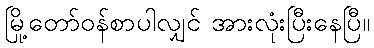
မြို့တော်ဝန်စာပါလျှင် အားလုံးပြီးနေပြီ။